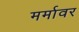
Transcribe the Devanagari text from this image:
मर्मावर